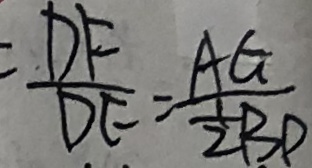
\frac { D F } { D E } = \frac { A G } { \frac { 1 } { 2 } B D }